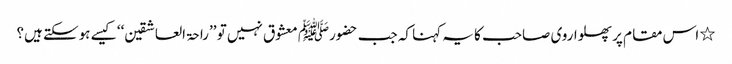
٭ اس مقام پر پھلواروی صاحب کا یہ کہنا کہ جب حضورﷺ معشوق نہیں تو ’’راحۃ العاشقین‘‘ کیسے ہوسکتے ہیں؟